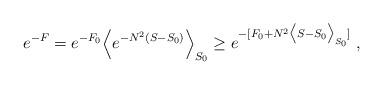
LaTeX: \begin{align*}e^{-F} = e^{-F_0}\Big< e^{-N^2 (S - S_0)} \Big>_{S_0}\ge e^{-[F_0 + N^2 \big<S - S_0 \big>_{S_0} ] } \;,\end{align*}